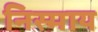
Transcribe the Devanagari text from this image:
निस्माय